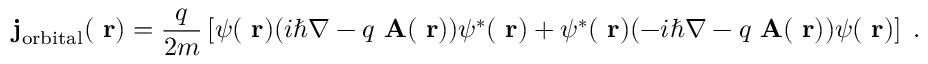
{ \bf j } _ { \mathrm { o r b i t a l } } ( \mathrm { \bf ~ r } ) = \frac { q } { 2 m } \left[ \psi ( \mathrm { \bf ~ r } ) ( i \hbar \nabla - q \mathrm { \bf ~ A } ( \mathrm { \bf ~ r } ) ) \psi ^ { * } ( \mathrm { \bf ~ r } ) + \psi ^ { * } ( \mathrm { \bf ~ r } ) ( - i \hbar \nabla - q \mathrm { \bf ~ A } ( \mathrm { \bf ~ r } ) ) \psi ( \mathrm { \bf ~ r } ) \right] \; .